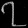
Digit: ၇